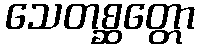
သေတစ္ဆတ္တော